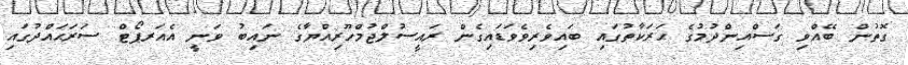
ގޮތުން ބޭއްވި ގަސްއިންދުމުގެ ޙަރަކާތުގައި ބައިވެރިވެވަޑައިގެން ރައީސުލްޖުމްހޫރިއްޔާގެ ނައިބު ވަނީ އެއަރޕޯޓް ސަރަޙައްދުގައި